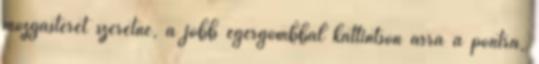
mozgásteret szeretne, a jobb egérgombbal kattintson arra a pontra,